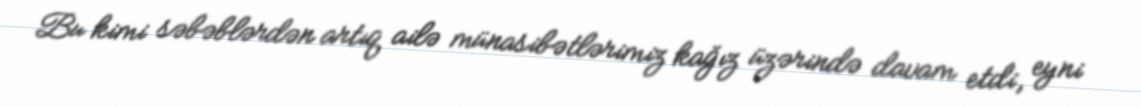
Bu kimi səbəblərdən artıq ailə münasibətlərimiz kağız üzərində davam etdi, eyni